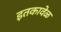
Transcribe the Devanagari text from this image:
इतकावेळ